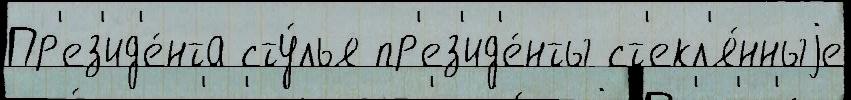
Пр'ез'ид'е́нта сту́лья пр'ез'ид'е́нты ст'екл'я́нныjе